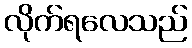
လိုက်ရလေသည်